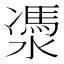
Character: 㵗